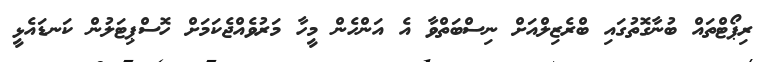
ރިޕޯޓްތައް ބުނާގޮތުގައި ބްރެޒިލްއަށް ނިސްބަތްވާ އެ އަންހެން މީހާ މަރުވެއްޖެކަމަށް ހޮސްޕިޓަލުން ކަނޑައެޅީ